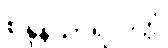
စန္ဒနသာရလိတ္တံ